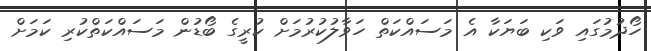
ހޯދުމުގައި ވަކި ބަޔަކާ އެ މަސައްކަތް ހަވާލުކުރުމަށް ކުރީގެ ބޯޑުން މަސައްކަތްކުރި ކަމަށް